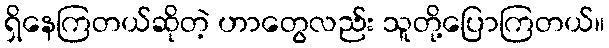
ရှိနေကြတယ်ဆိုတဲ့ ဟာတွေလည်း သူတို့ပြောကြတယ်။